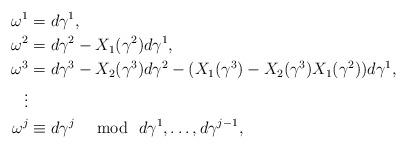
LaTeX: \begin{align*} \omega^1&=d \gamma^1,\\ \omega^2&=d \gamma^2-X_1(\gamma^2)d\gamma^1,\\ \omega^3&=d \gamma^3-X_2(\gamma^3)d\gamma^2-(X_1(\gamma^3) -X_2(\gamma^3)X_1(\gamma^2))d\gamma^1,\\ \vdots\\ \omega^{j}&\equiv d \gamma^{j}~\mod~d\gamma^1,\ldots, d\gamma^{j-1}, \end{align*}